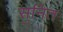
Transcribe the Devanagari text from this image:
सुनित